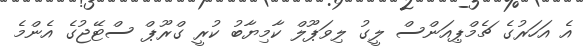
އެ އަހަރުގެ ޗެމްޕިއަންސް ލީގު ލިވަޕޫލް ކާމިޔާބު ކުރީ ގްރޫޕް ސްޓޭޖުގެ އެންމެ